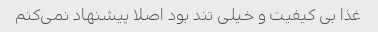
غذا بی کیفیت و خیلی تند بود اصلا پیشنهاد نمی‌کنم